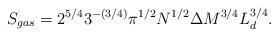
LaTeX: \begin{align*}S_{gas}= 2^{5/ 4} 3^{-(3/4)} \pi^{1/2} N^{1/2}\Delta M^{3/4} L_d^{ 3/4} .\end{align*}